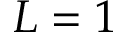
L = 1